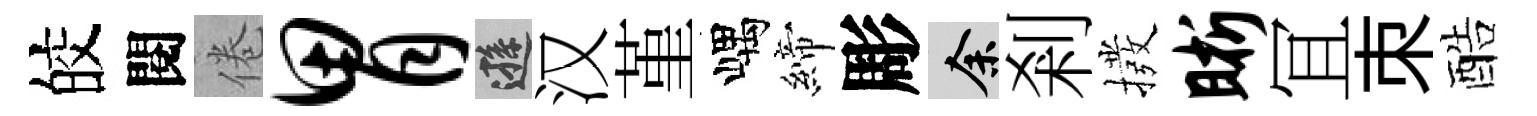
皎閱倦胃遜汉堇嵎締彫余剎撥晰冝朿酷